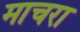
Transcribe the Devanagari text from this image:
माचरा